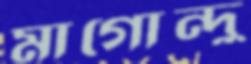
মাগোন্দু